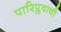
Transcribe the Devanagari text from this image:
पारिप्लवाची